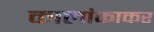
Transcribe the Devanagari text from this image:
कालांकाकर